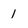
Character: 1